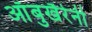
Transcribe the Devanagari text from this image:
आँबुखैरेनी